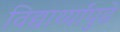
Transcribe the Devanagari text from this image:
विद्यार्थ्यांपुढे